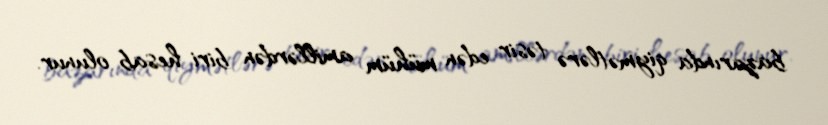
bazarında qiymətlərə təsir edən mühüm amillərdən biri hesab olunur.